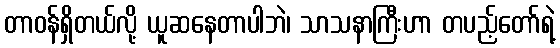
တာဝန်ရှိတယ်လို့ ယူဆနေတာပါဘဲ၊ သာသနာကြီးဟာ တပည့်တော်ရဲ့